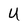
Character: U